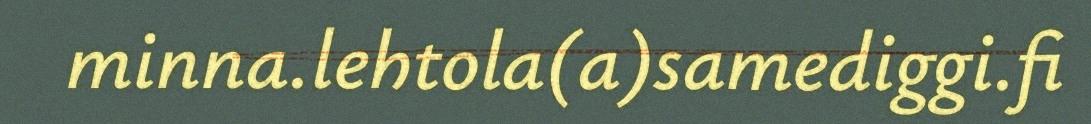
minna.lehtola(a)samediggi.fi